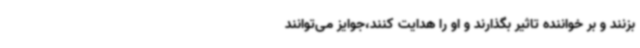
بزنند و بر خواننده تاثیر بگذارند و او را هدایت کنند،جوایز می‌توانند